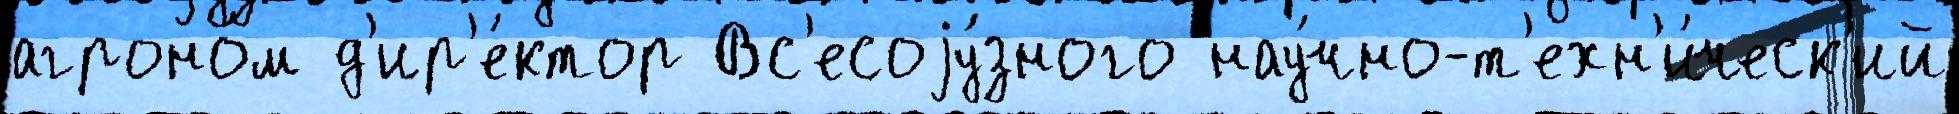
агроно́м д'ир'е́ктор Вс'есоjу́зного нау́чно-т'ехн'и́ческ'ий